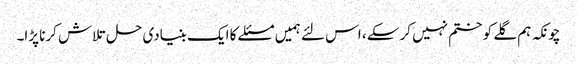
چونکہ ہم گلے کو ختم نہیں کرسکے ، اس لئے ہمیں مسئلے کا ایک بنیادی حل تلاش کرنا پڑا۔